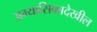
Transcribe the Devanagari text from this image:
अभ्यासिकादेखील